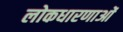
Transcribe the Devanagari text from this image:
लोकधारणाओं